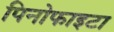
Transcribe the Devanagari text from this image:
पिनोफाइटा